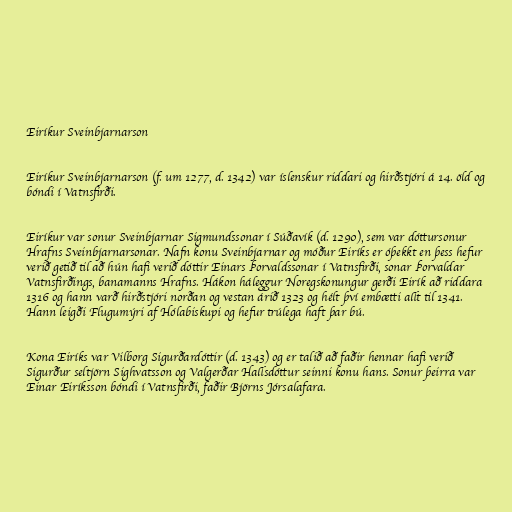
Eiríkur Sveinbjarnarson

Eiríkur Sveinbjarnarson (f. um 1277, d. 1342) var íslenskur riddari og hirðstjóri á 14. öld og
bóndi í Vatnsfirði.

Eiríkur var sonur Sveinbjarnar Sigmundssonar í Súðavík (d. 1290), sem var dóttursonur
Hrafns Sveinbjarnarsonar. Nafn konu Sveinbjarnar og móður Eiríks er óþekkt en þess hefur
verið getið til að hún hafi verið dóttir Einars Þorvaldssonar í Vatnsfirði, sonar Þorvaldar
Vatnsfirðings, banamanns Hrafns. Hákon háleggur Noregskonungur gerði Eirík að riddara
1316 og hann varð hirðstjóri norðan og vestan árið 1323 og hélt því embætti allt til 1341.
Hann leigði Flugumýri af Hólabiskupi og hefur trúlega haft þar bú.

Kona Eiríks var Vilborg Sigurðardóttir (d. 1343) og er talið að faðir hennar hafi verið
Sigurður seltjörn Sighvatsson og Valgerðar Hallsdóttur seinni konu hans. Sonur þeirra var
Einar Eiríksson bóndi í Vatnsfirði, faðir Björns Jórsalafara.